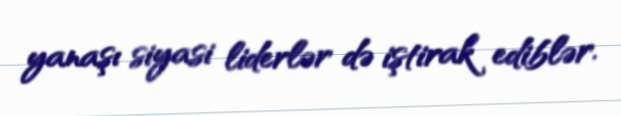
yanaşı siyasi liderlər də iştirak ediblər.